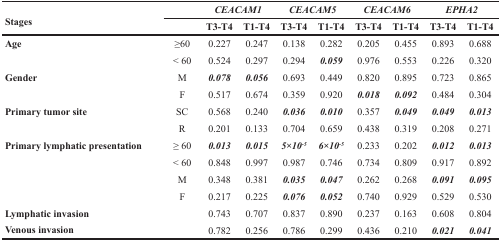
<table><thead><tr><td rowspan="2"><b>Stages</b></td><td></td><td colspan="2"><b><i>CEACAM1</i></b></td><td colspan="2"><b><i>CEACAM5</i></b></td><td colspan="2"><b><i>CEACAM6</i></b></td><td colspan="2"><b><i>EPHA2</i></b></td></tr><tr><td></td><td><b>T3-T4</b></td><td><b>T1-T4</b></td><td><b>T3-T4</b></td><td><b>T1-T4</b></td><td><b>T3-T4</b></td><td><b>T1-T4</b></td><td><b>T3-T4</b></td><td><b>T1-T4</b></td></tr></thead><tbody><tr><td><b>Age</b></td><td>≥60</td><td>0.227</td><td>0.247</td><td>0.138</td><td>0.282</td><td>0.205</td><td>0.455</td><td>0.893</td><td>0.688</td></tr><tr><td></td><td>&lt; 60</td><td>0.524</td><td>0.297</td><td>0.294</td><td><b><i>0.059</i></b></td><td>0.976</td><td>0.553</td><td>0.226</td><td>0.320</td></tr><tr><td><b>Gender</b></td><td>M</td><td><b><i>0.078</i></b></td><td><b><i>0.056</i></b></td><td>0.693</td><td>0.449</td><td>0.820</td><td>0.895</td><td>0.723</td><td>0.865</td></tr><tr><td></td><td>F</td><td>0.517</td><td>0.674</td><td>0.359</td><td>0.920</td><td><b><i>0.018</i></b></td><td><b><i>0.092</i></b></td><td>0.484</td><td>0.304</td></tr><tr><td><b>Primary tumor site</b></td><td>SC</td><td>0.568</td><td>0.240</td><td><b><i>0.036</i></b></td><td><b><i>0.010</i></b></td><td>0.357</td><td><b><i>0.049</i></b></td><td><b><i>0.049</i></b></td><td><b><i>0.013</i></b></td></tr><tr><td></td><td>R</td><td>0.201</td><td>0.133</td><td>0.704</td><td>0.659</td><td>0.438</td><td>0.319</td><td>0.208</td><td>0.271</td></tr><tr><td><b>Primary lymphatic presentation</b></td><td>≥ 60</td><td><b><i>0.013</i></b></td><td><b><i>0.015</i></b></td><td><b><i>5×10</i></b><sup><b><i>-5</i></b></sup></td><td><b><i>6×10</i></b><sup><b><i>-5</i></b></sup></td><td>0.233</td><td>0.202</td><td><b><i>0.012</i></b></td><td><b><i>0.013</i></b></td></tr><tr><td></td><td>&lt; 60</td><td>0.848</td><td>0.997</td><td>0.987</td><td>0.746</td><td>0.734</td><td>0.809</td><td>0.917</td><td>0.892</td></tr><tr><td></td><td>M</td><td>0.348</td><td>0.381</td><td><b><i>0.035</i></b></td><td><b><i>0.047</i></b></td><td>0.262</td><td>0.268</td><td><b><i>0.091</i></b></td><td><b><i>0.095</i></b></td></tr><tr><td></td><td>F</td><td>0.217</td><td>0.225</td><td><b><i>0.076</i></b></td><td><b><i>0.052</i></b></td><td>0.740</td><td>0.929</td><td>0.529</td><td>0.530</td></tr><tr><td><b>Lymphatic invasion</b></td><td></td><td>0.743</td><td>0.707</td><td>0.837</td><td>0.890</td><td>0.237</td><td>0.163</td><td>0.608</td><td>0.804</td></tr><tr><td><b>Venous invasion</b></td><td></td><td>0.782</td><td>0.256</td><td>0.786</td><td>0.299</td><td>0.436</td><td>0.210</td><td><b><i>0.021</i></b></td><td><b><i>0.041</i></b></td></tr></tbody></table>